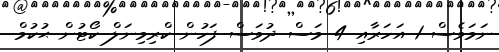
ނަމަވެސް 1 އަހަރާއި 4 މަސް ދުވަސް ފަހުން ކްރިމިނަލް ކޯޓުން ޙުކުމް